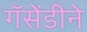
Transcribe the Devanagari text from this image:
गॅसेंडीने